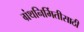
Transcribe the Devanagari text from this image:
ग्रंथनिर्मितीसाठी